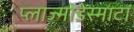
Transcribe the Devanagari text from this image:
प्लाज्मोडेस्माटा